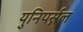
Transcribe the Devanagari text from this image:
युनिपर्स्नल